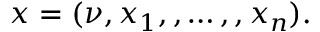
x = ( \nu , x _ { 1 } , , \dots , , x _ { n } ) .